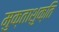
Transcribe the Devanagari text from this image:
मुक्ताशुक्ति